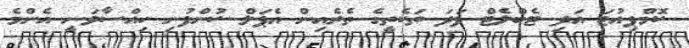
ކޮމްޕިއުޓަ އަދި ޓެބްލެޓް ފަދަ ތަކެތީގެ ތެރެއިން އެޕަލް ކުންފުނި ހިއްސާވަނީ އެންމެ